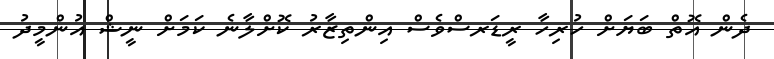
ދެން އޮތް ބަޔަށް ހުރިހާ ރީޑަރސްވެސް އިންތިޒާރު ކޮށްލާނެ ކަމަށް ނީޝް އުންމީދު